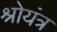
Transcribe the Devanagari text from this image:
श्रोयंत्र